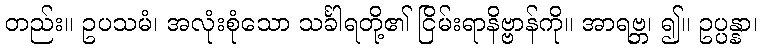
တည်း။ ဥပသမံ၊ အလုံးစုံသော သင်္ခါရတို့၏ ငြိမ်းရာနိဗ္ဗာန်ကို။ အာရဗ္ဘ၊ ၍။ ဥပ္ပန္နာ၊